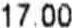
17.00